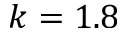
k = 1 . 8